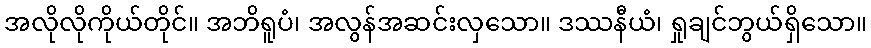
အလိုလိုကိုယ်တိုင်။ အဘိရူပံ၊ အလွန်အဆင်းလှသော။ ဒဿနီယံ၊ ရှုချင်ဘွယ်ရှိသော။